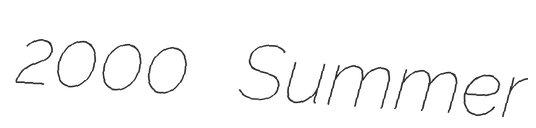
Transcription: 2000 Summer